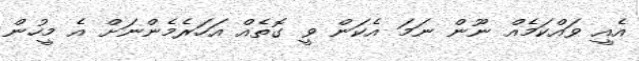
އެއީ ވައްކަމެއް ނޫން ނަމަ އެކަން ވީ ގޮތެއް އަހަރެމެންނަށް އެ މީހުން